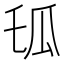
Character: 𤫪